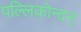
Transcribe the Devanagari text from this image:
पल्लिकोन्दन्